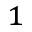
^ 1